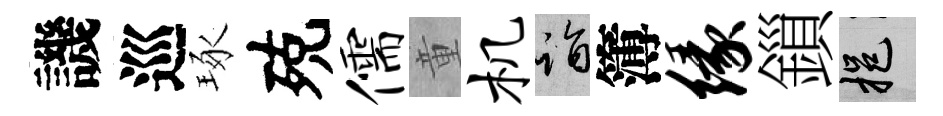
譏巡琢殑儒童机诣簿缘鎻挹